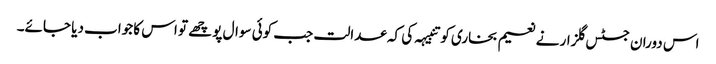
اس دوران جسٹس گلزار نے نعیم بخاری کو تنبیہہ کی کہ عدالت جب کوئی سوال پوچھے تو اس کا جواب دیا جائے۔